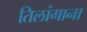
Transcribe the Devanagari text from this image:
तिलांगाना